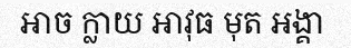
អាច ក្លាយ អាវុធ មុត អង្គា